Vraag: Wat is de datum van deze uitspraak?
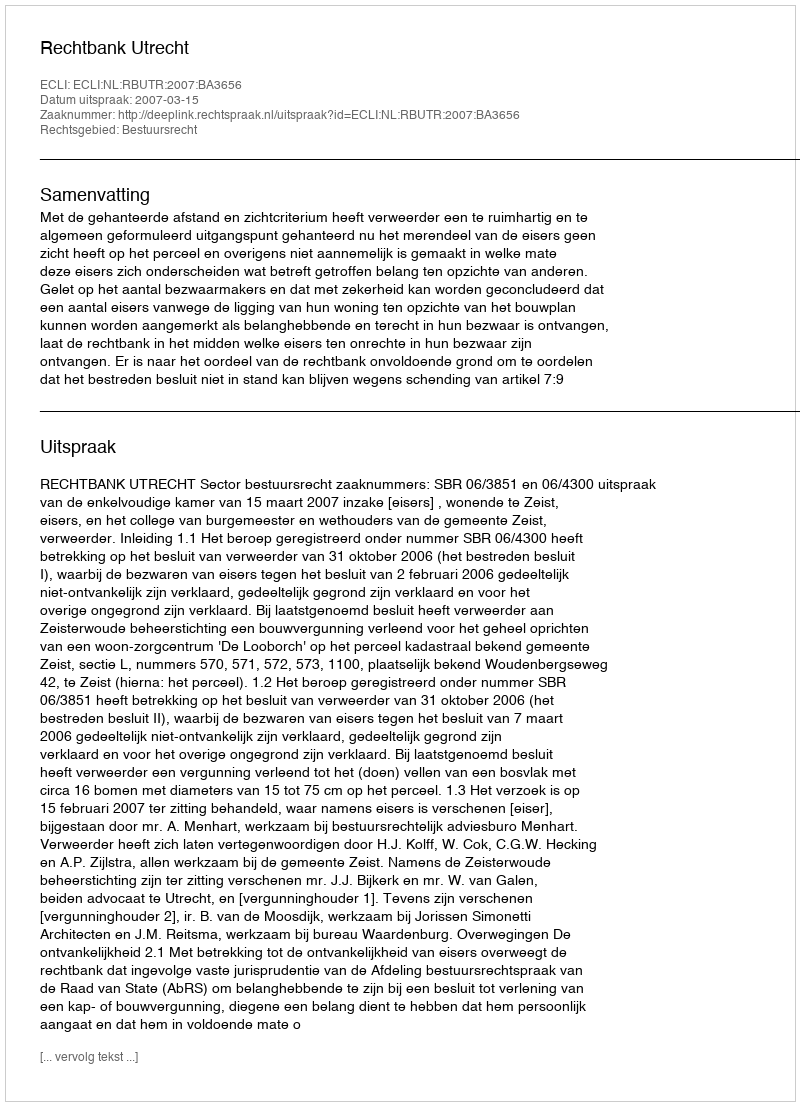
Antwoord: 2007-03-15